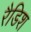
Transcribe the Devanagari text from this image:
रैडिश